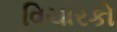
વિચારકો